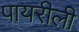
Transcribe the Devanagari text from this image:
पायरीली